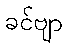
ခင်ဗျာ